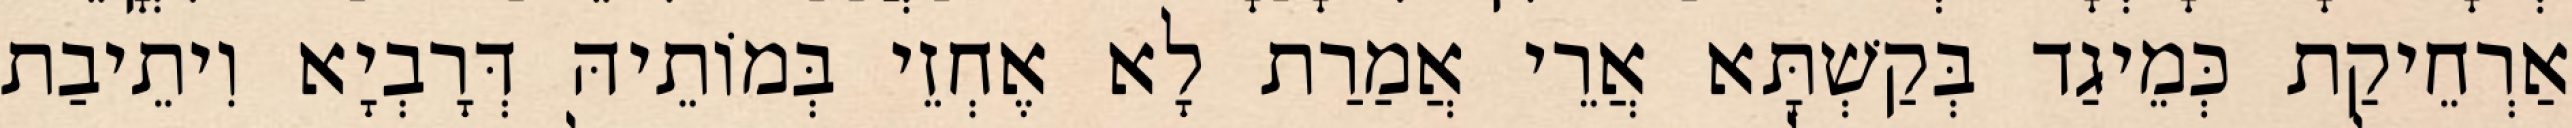
אַרְחֵיקַת כְּמֵיגַד בְּקַשְׁתָּא אֲרֵי אֲמַרַת לָא אֶחְזֵי בְּמוֹתֵיהּ דְּרָבְיָא וִיתֵיבַת